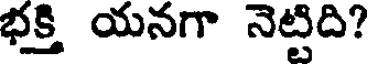
భక్తి యనగా నెట్టిది?